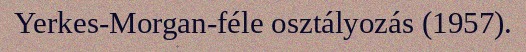
Yerkes-Morgan-féle osztályozás (1957).